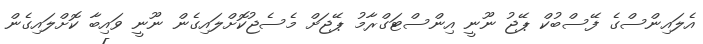
އެލައިންސްގެ ފޭސްބުކް ޕޭޖު ނޫނީ އިންސްޓަގްރާމު ޕޭޖަށް މެސެޖުކޮށްލައިގެން ނޫނީ ވައިބާ ކޮށްލައިގެން